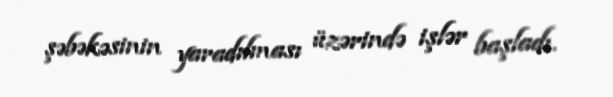
şəbəkəsinin yaradılması üzərində işlər başladı.